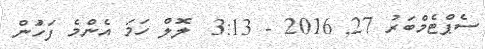
ސެޕްޓެމްބަރު 27